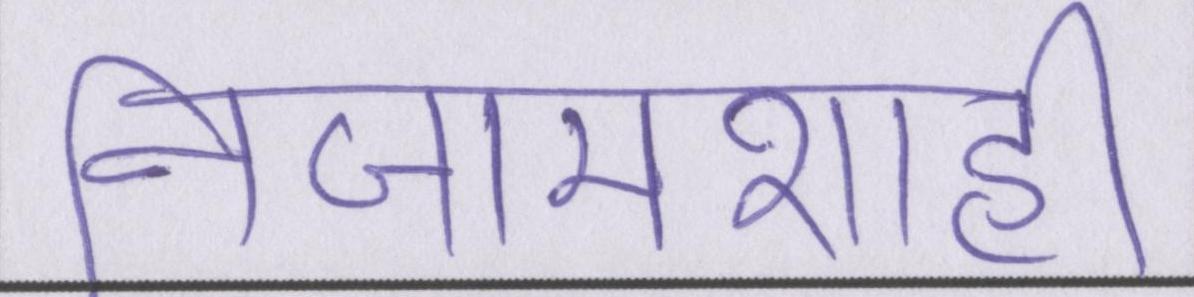
निजामशाही